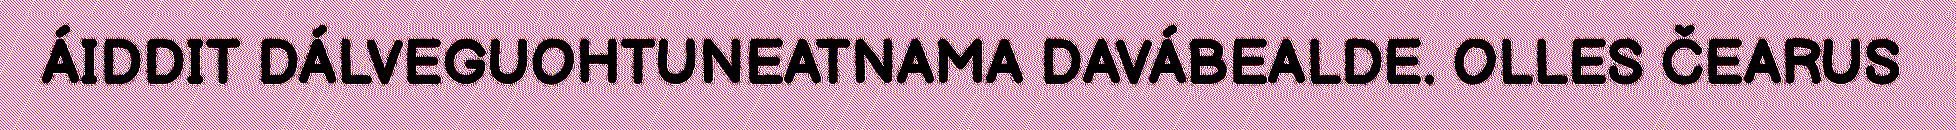
ÁIDDIT DÁLVEGUOHTUNEATNAMA DAVÁBEALDE. OLLES ČEARUS